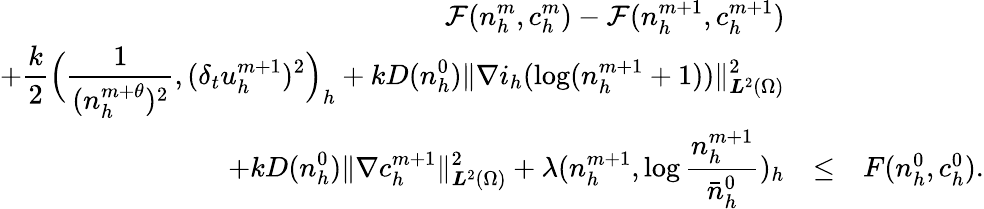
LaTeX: \begin{array}{rcl}{\displaystyle\mathcal{F}(n_{h}^{m},c_{h}^{m})-\mathcal{F}(n_{h}^{m+1},c_{h}^{m+1})}&&\\ {\displaystyle+\frac{k}{2}\Big(\frac{1}{(n_{h}^{m+\theta})^{2}},(\delta_{t}u_{h}^{m+1})^{2}\Big)_{h}+kD(n_{h}^{0})\| \nabla i_{h}(\log(n_{h}^{m+1}+1))\| _{{\boldsymbol L}^{2}(\Omega)}^{2}}&&\\ {\displaystyle+kD(n_{h}^{0})\| \nabla c_{h}^{m+1}\| _{{\boldsymbol L}^{2}(\Omega)}^{2}+\lambda(n_{h}^{m+1},\log\frac{n_{h}^{m+1}}{\bar{n}_{h}^{0}})_{h}}&{\le}&{F(n_{h}^{0},c_{h}^{0}).}\end{array}